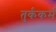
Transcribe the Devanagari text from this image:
तुर्ककर्म